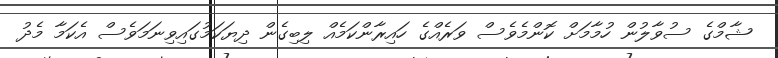
ޝާމްގެ ސުވާލުން ހުމާމަށް ކޮންމެވެސް ވަރެއްގެ ހައިރާންކަމެއް ލިބިގެން ދިޔަކަމުގައިވިނަމަވެސް އެކަމާ މެދު